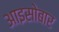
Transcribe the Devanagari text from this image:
आइसोबार